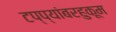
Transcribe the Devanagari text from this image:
टप्प्यांबरहुकूम